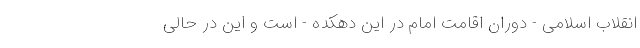
انقلاب اسلامی - دوران اقامت امام در این دهکده - است و این در حالی